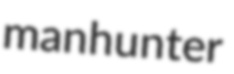
manhunter